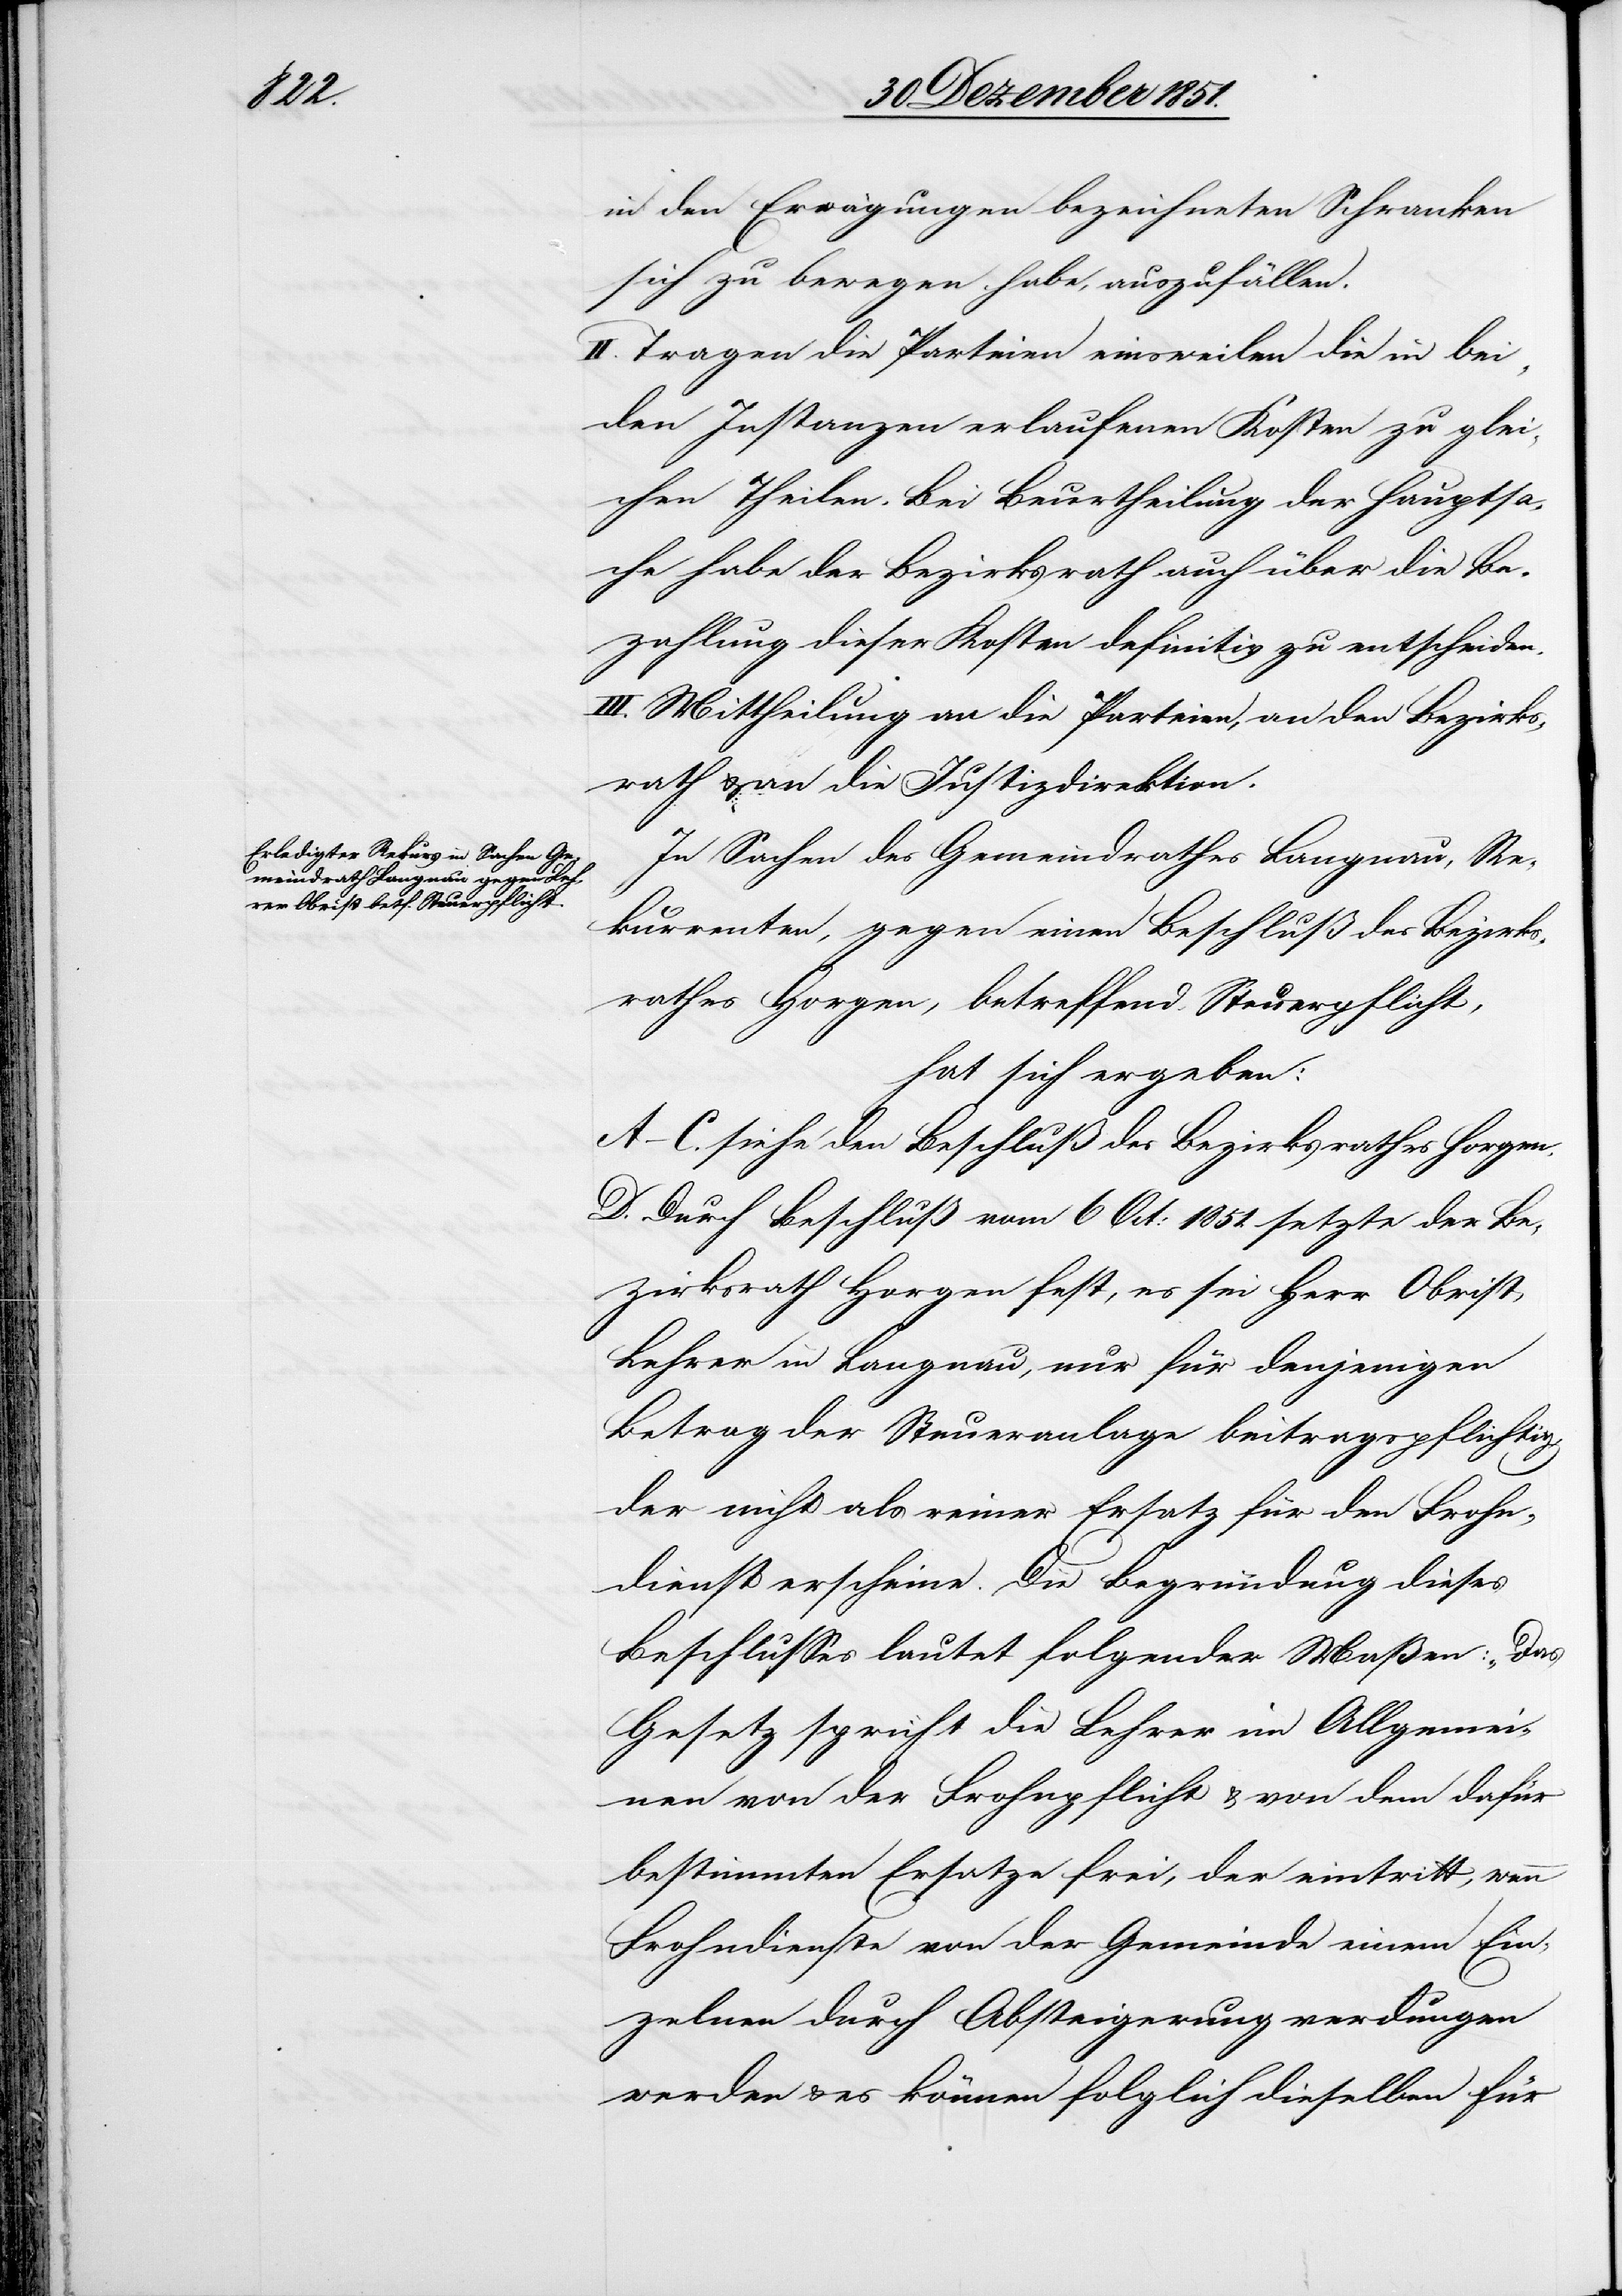
in den Erwägungen bezeichneten Schranken
sich zu bewegen habe, auszufällen.
II. Tragen die Parteien einsweilen die in bei¬
den Instanzen erlaufenen Kosten zu glei¬
chen Theilen. Bei Beurtheilung der Hauptsa¬
che habe der Bezirksrath auch über die Be¬
zahlung dieser Kosten definitiv zu entscheiden.
III. Mittheilung an die Parteien, an den Bezirks¬
rath & an die Justizdirektion.
In Sachen des Gemeindrathes Langnau, Re¬
kurrenten, gegen einen Beschluß des Bezirks¬
rathes Horgen, betreffend Steuerpflicht,
hat sich ergeben:
A–C. siehe den Beschluß des Bezirksrathes Horgen.
D. Durch Beschluß vom 6 Oct: 1851. setzte der Be¬
zirksrath Horgen fest, es sei Herr Obrist,
Lehrer in Langnau, nur für denjenigen
Betrag der Steueranlage beitragspflichtig,
der nicht als reiner Ersatz für den Frohn¬
dienst erscheine. Die Begründung dieses
Beschlusses lautet folgender Maßen: „Das
Gesetz spricht die Lehrer im Allgemei¬
nen von der Frohnpflicht & von dem dafür
bestimmten Ersatze frei, der eintritt, wenn
Frohndienste von der Gemeinde einem Ein¬
zelnen durch Absteigerung verdungen
werden & es können folglich dieselben für